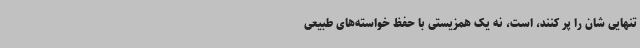
تنهایی شان را پر کنند، است، نه یک همزیستی با حفظ خواسته‌های طبیعی